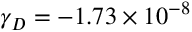
\ensuremath { \gamma } _ { D } = - 1 . 7 3 \times 1 0 ^ { - 8 }